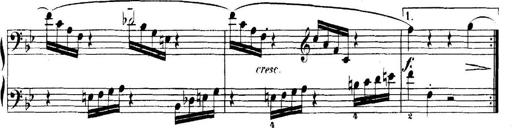
Title: 5 Sonatinas
Composer: Theodor Kirchner